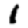
Digit: 1